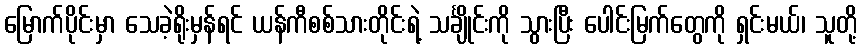
မြောက်ပိုင်းမှာ သေခဲ့ရိုးမှန်ရင် ယန်ကီစစ်သားတိုင်းရဲ့ သင်္ချိုင်းကို သွားပြီး ပေါင်းမြက်တွေကို ရှင်းမယ်၊ သူတို့